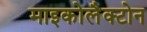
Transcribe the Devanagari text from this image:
माइकोलैक्टोन